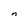
Character: n